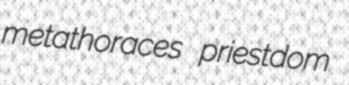
metathoraces priestdom